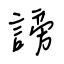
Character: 謗